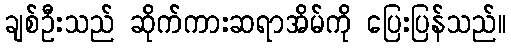
ချစ်ဦးသည် ဆိုက်ကားဆရာအိမ်ကို ပြေးပြန်သည်။